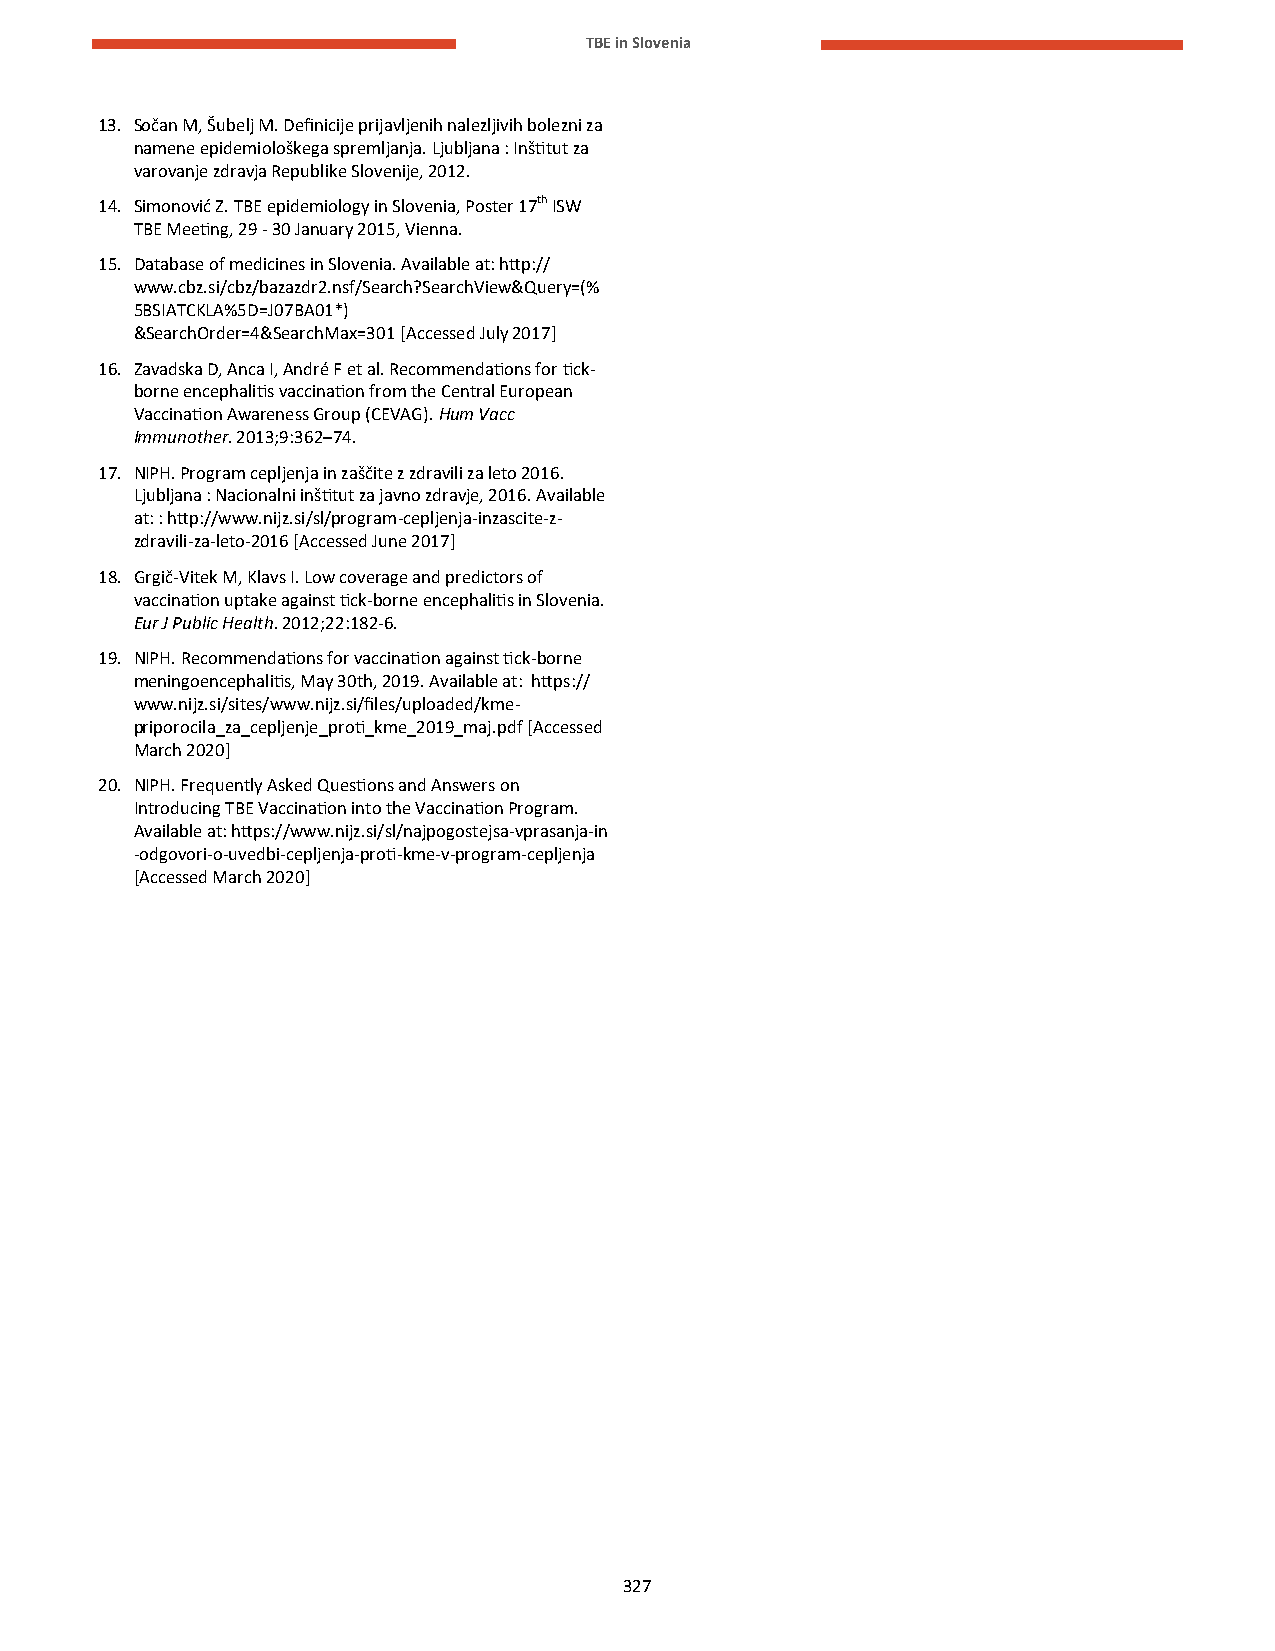
TBE in Slovenia
 13. Sočan M, Šubelj M. Definicije prijavljenih nalezljivih bolezni za
 namene epidemiološkega spremljanja. Ljubljana : Inštitut za
 varovanje zdravja Republike Slovenije, 2012.
 14. Simonović Z. TBE epidemiology in Slovenia, Poster 17th ISW
 TBE Meeting, 29 - 30 January 2015, Vienna.
 15. Database of medicines in Slovenia. Available at: http://
 www.cbz.si/cbz/bazazdr2.nsf/Search?SearchView&Query=(%
 5BSIATCKLA%5D=J07BA01*)
 &SearchOrder=4&SearchMax=301 [Accessed July 2017]
 16. Zavadska D, Anca I, André F et al. Recommendations for tick-
 borne encephalitis vaccination from the Central European
 Vaccination Awareness Group (CEVAG). Hum Vacc
 Immunother. 2013;9:362–74.
 17. NIPH. Program cepljenja in zaščite z zdravili za leto 2016.
 Ljubljana : Nacionalni inštitut za javno zdravje, 2016. Available
 at: : http://www.nijz.si/sl/program-cepljenja-inzascite-z-
 zdravili-za-leto-2016 [Accessed June 2017]
 18. Grgič-Vitek M, Klavs I. Low coverage and predictors of
 vaccination uptake against tick-borne encephalitis in Slovenia.
 Eur J Public Health. 2012;22:182-6.
 19. NIPH. Recommendations for vaccination against tick-borne
 meningoencephalitis, May 30th, 2019. Available at: https://
 www.nijz.si/sites/www.nijz.si/files/uploaded/kme-
 priporocila_za_cepljenje_proti_kme_2019_maj.pdf [Accessed
 March 2020]
 20. NIPH. Frequently Asked Questions and Answers on
 Introducing TBE Vaccination into the Vaccination Program.
 Available at: https://www.nijz.si/sl/najpogostejsa-vprasanja-in
 -odgovori-o-uvedbi-cepljenja-proti-kme-v-program-cepljenja
 [Accessed March 2020]
 327